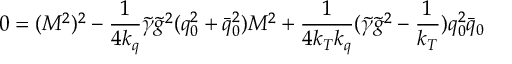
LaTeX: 0 = ( { \cal M } ^ { 2 } ) ^ { 2 } - \frac 1 { 4 k _ { q } } \tilde { \gamma } \tilde { g } ^ { 2 } ( q _ { 0 } ^ { 2 } + \bar { q } _ { 0 } ^ { 2 } ) { \cal M } ^ { 2 } + \frac 1 { 4 k _ { T } k _ { q } } ( \tilde { \gamma } \tilde { g } ^ { 2 } - \frac 1 { k _ { T } } ) q _ { 0 } ^ { 2 } \bar { q } _ { 0 }